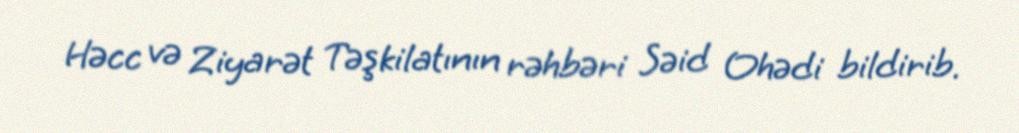
Həcc və Ziyarət Təşkilatının rəhbəri Səid Ohədi bildirib.